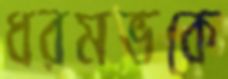
ধরমভকে